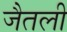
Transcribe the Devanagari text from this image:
जैतली